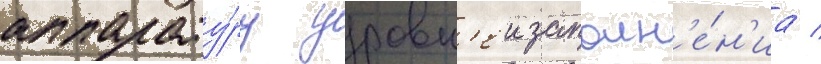
аппарату́ру уровн'еи заполн'е́н'иа /